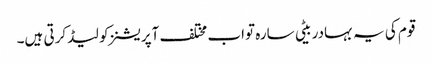
قوم کی یہ بہادر بیٹی سارہ تواب مختلف آپریشنز کو لیڈ کرتی ہیں۔